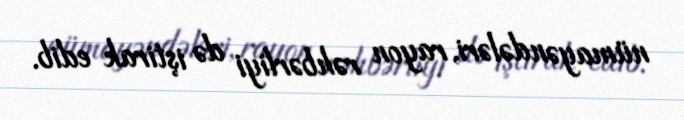
nümayəndələri, rayon rəhbərliyi də iştirak edib.